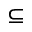
\subseteq